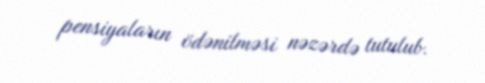
pensiyaların ödənilməsi nəzərdə tutulub.